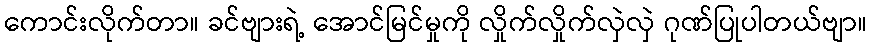
ကောင်းလိုက်တာ။ ခင်ဗျားရဲ့ အောင်မြင်မှုကို လှိုက်လှိုက်လှဲလှဲ ဂုဏ်ပြုပါတယ်ဗျာ။